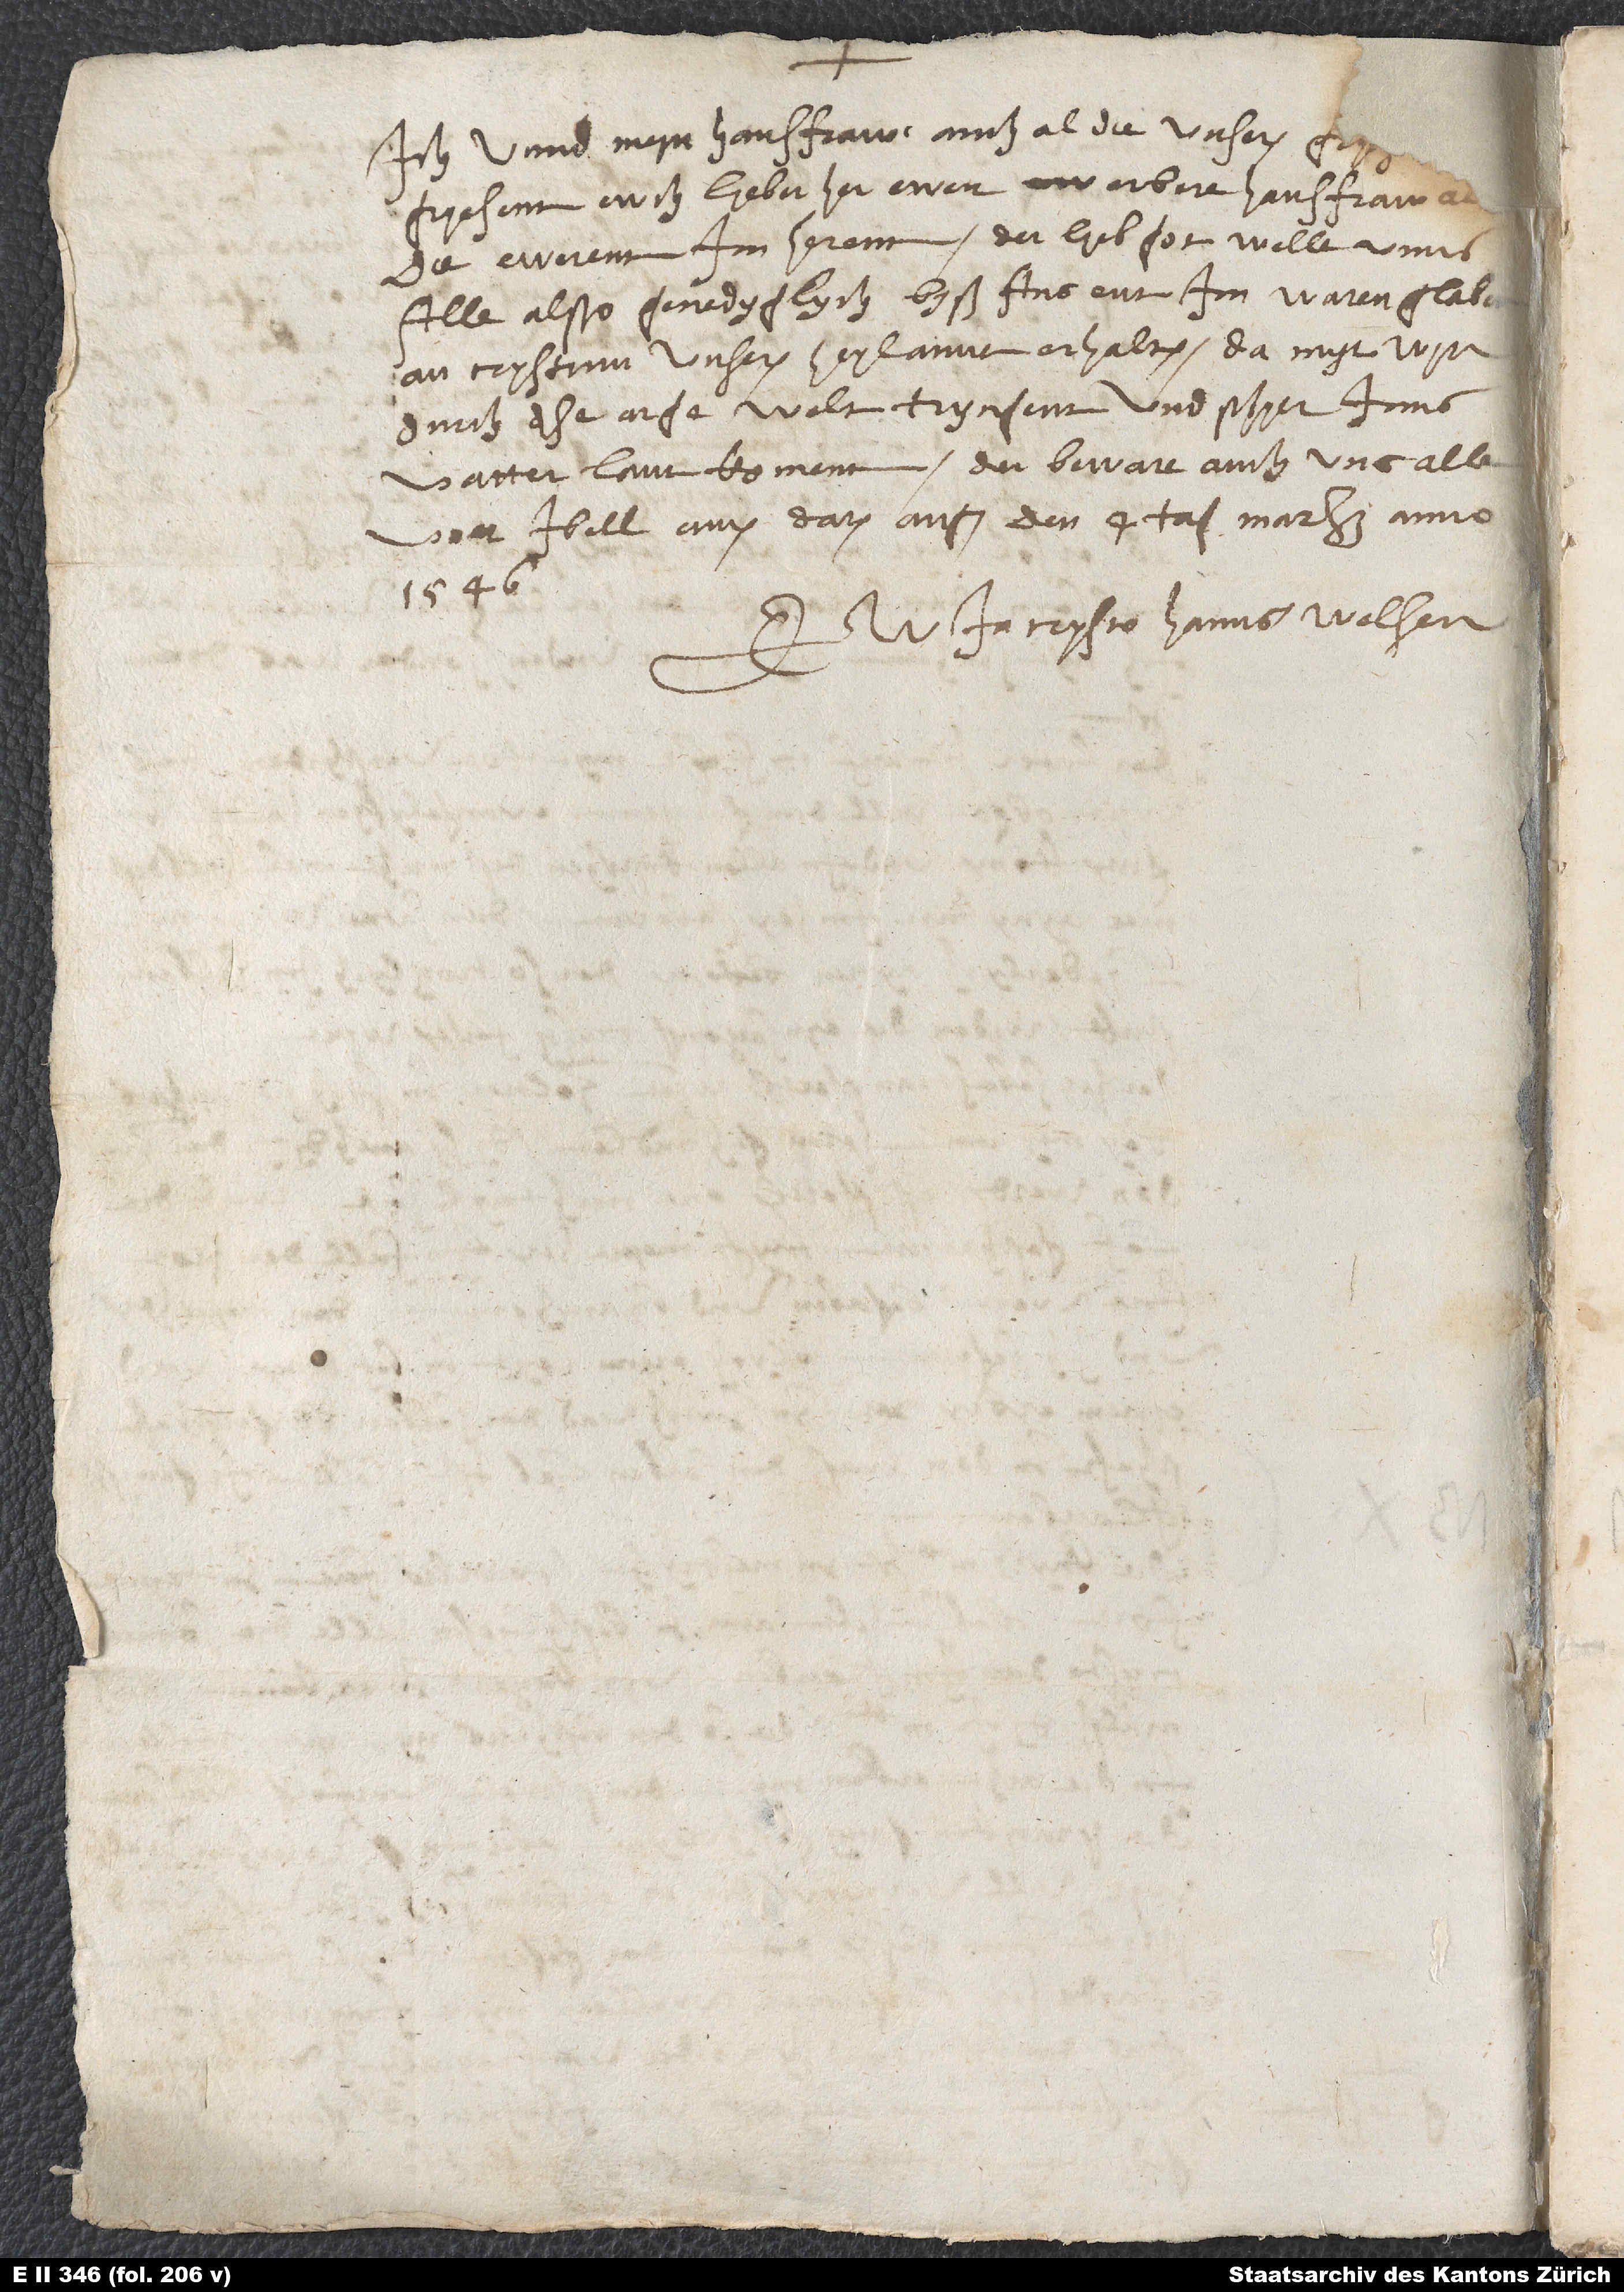
Ich unnd myn hausfraw, auch al die unseren,
gryesenn ewch, lyeber her, ewer erbere hausfraw,
die ewerenn im herenn. Der lyeb got welle unns
alle also genedyglych byß ans ent im waren glaben
an Crystum, unseren heylannt, erhalten, damyt wyr
durch dyse arge welt tryngent und schyer inns
vatterlant koment. Der beware auch uns alle
vorr ibell. Amen. Datum Augspurg, den 4. tag marzi anno
1546.
in Crysto Hanns Welser.